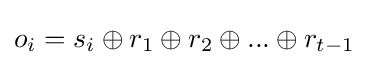
o_{i}=s_{i}\oplus r_{1}\oplus r_{2}\oplus ...\oplus r_{t-1}